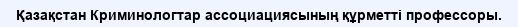
Қазақстан Криминологтар ассоциациясының құрметті профессоры.